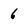
Character: 6